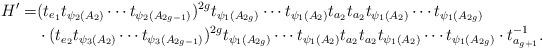
LaTeX: \begin{align*}H^\prime=&(t_{e_1}t_{\psi_2(A_2)}\cdots t_{\psi_2(A_{2g-1})})^{2g}t_{\psi_1(A_{2g})}\cdots t_{\psi_1(A_2)}t_{a_2}t_{a_2}t_{\psi_1(A_2)}\cdots t_{\psi_1(A_{2g})} \\&\cdot (t_{e_2}t_{\psi_3(A_2)}\cdots t_{\psi_3(A_{2g-1})})^{2g}t_{\psi_1(A_{2g})}\cdots t_{\psi_1(A_2)}t_{a_2}t_{a_2}t_{\psi_1(A_2)}\cdots t_{\psi_1(A_{2g})} \cdot t_{a_{g+1}}^{-1}.\end{align*}